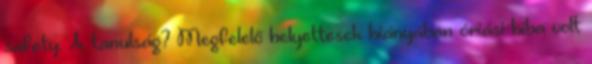
safety. A tanulság? Megfelelő helyettesek hiányában óriási hiba volt